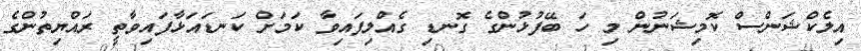
އިލެކްޝަންސް ކޮމިޝަނުން މި ހަ ބޭފުޅުންގެ ގޮނޑި ގެއްލިފައިވާ ކަމަށް ކަނޑައަޅާފައިވާތީ ރައްޔިތުންގެ